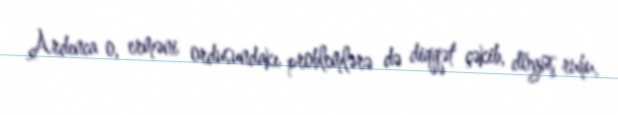
Ardınca o, erməni ordusundakı problemlərə də diqqət çəkib, döyüş ruhu,